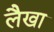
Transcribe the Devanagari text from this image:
लैखा